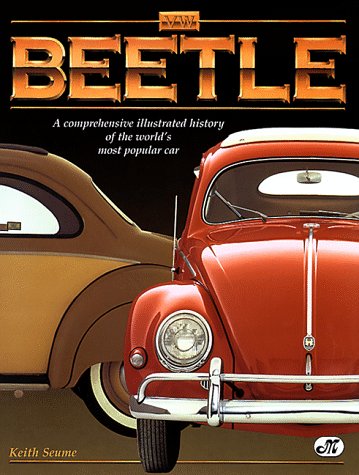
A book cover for Vw Beetle: A Comprehensive Illustrated History of the World's Most Popular Car; Keith Seume; Engineering & Transportation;